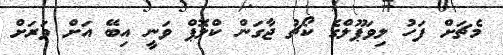
މެޗަށް ފަހު ލިވަޕޫލްގެ ކޯޗު ޖާގަން ކްލޮޕް ވަނީ އިބޭ އަށް ވަރަށް